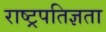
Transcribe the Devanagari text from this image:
राष्ट्रपतिज्ञता